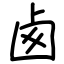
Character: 卥